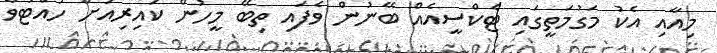
މިއާއި އެކު މަގުމަތީގައި ޓެކްސީއެއް ބޭނުން ވެފައި ތިބޭ މީހުން ކައިރިއަށް ހުއްޓުވާ